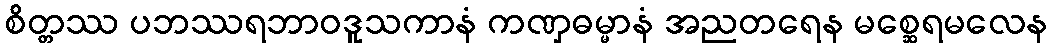
စိတ္တဿ ပဘဿရဘာဝဒူသကာနံ ကဏှဓမ္မာနံ အညတရေန မစ္ဆေရမလေန